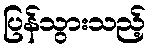
ပြန်သွားသည့်